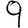
Digit: 9